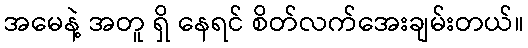
အမေနဲ့ အတူ ရှိ နေရင် စိတ်လက်အေးချမ်းတယ်။